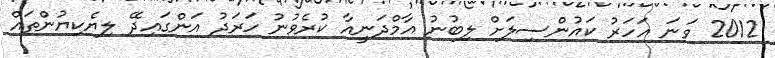
2012 ވަނަ އަހަރު ކައުންސިލަށް ލިބުނު އާމްދަނީއާ ކުރެވުނު ހަރަދު އަންގައިދޭ ލިޔެކިޔުންތައް